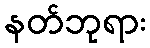
နတ်ဘုရား